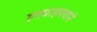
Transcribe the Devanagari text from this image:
हप्त्याहप्त्याने